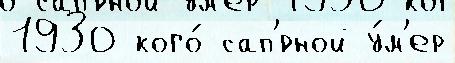
1930 кого́ сап'́рной у́м'ер